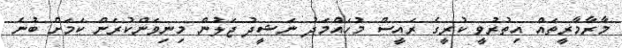
މާރާމާރީތައް އިތުރުވީ ކުރީގެ ރައީސް މުހައްމަދު ނަޝީދު ޖަލުން މިނިވަންކުރަން ކަމަށް ބުނެ